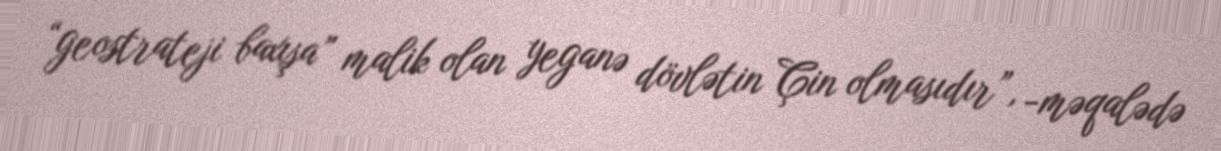
“geostrateji baxışa” malik olan yeganə dövlətin Çin olmasıdır”, -məqalədə